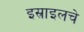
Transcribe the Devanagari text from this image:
इस्राइलचे